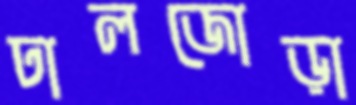
ঢালজোড়া